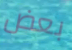
بعض